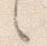
々